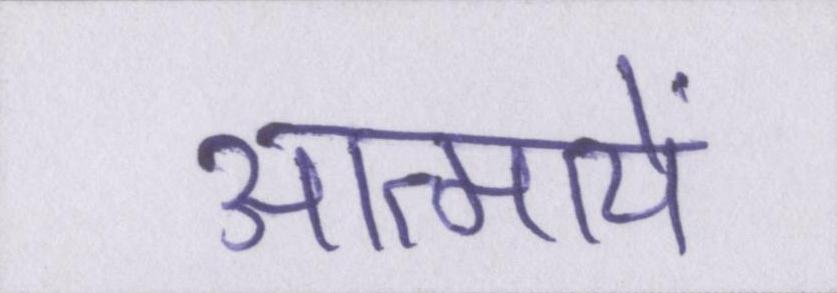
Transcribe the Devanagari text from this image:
आत्मायें